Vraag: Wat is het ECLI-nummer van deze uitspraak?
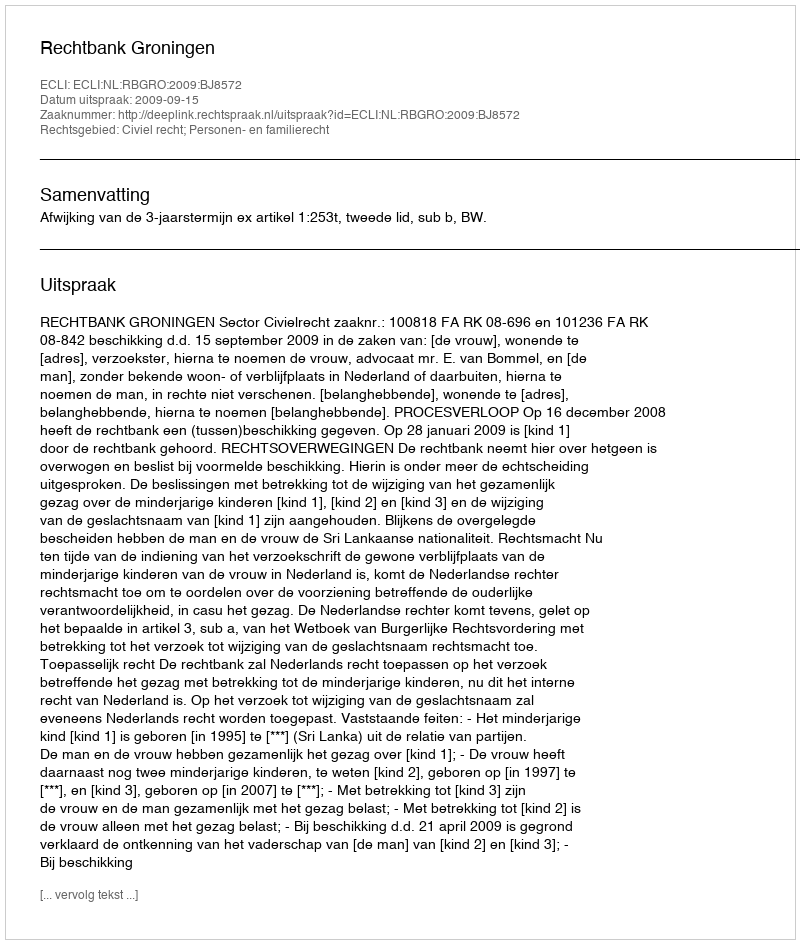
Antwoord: ECLI:NL:RBGRO:2009:BJ8572